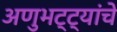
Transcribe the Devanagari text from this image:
अणुभट्ट्यांचे